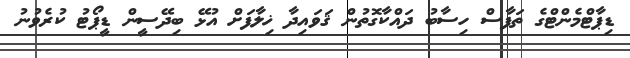
ޑިޕާޓްމެންޓްގެ ތަފާސް ހިސާބު ދައްކާގޮތުން ޤަވައިދާ ޚިލާފަށް އުޅޭ ބިދޭސީން ޑީޕޯޓު ކުރެވުނު